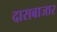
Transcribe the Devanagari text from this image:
दासबाजार